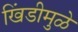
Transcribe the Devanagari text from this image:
खिंडीमुळे